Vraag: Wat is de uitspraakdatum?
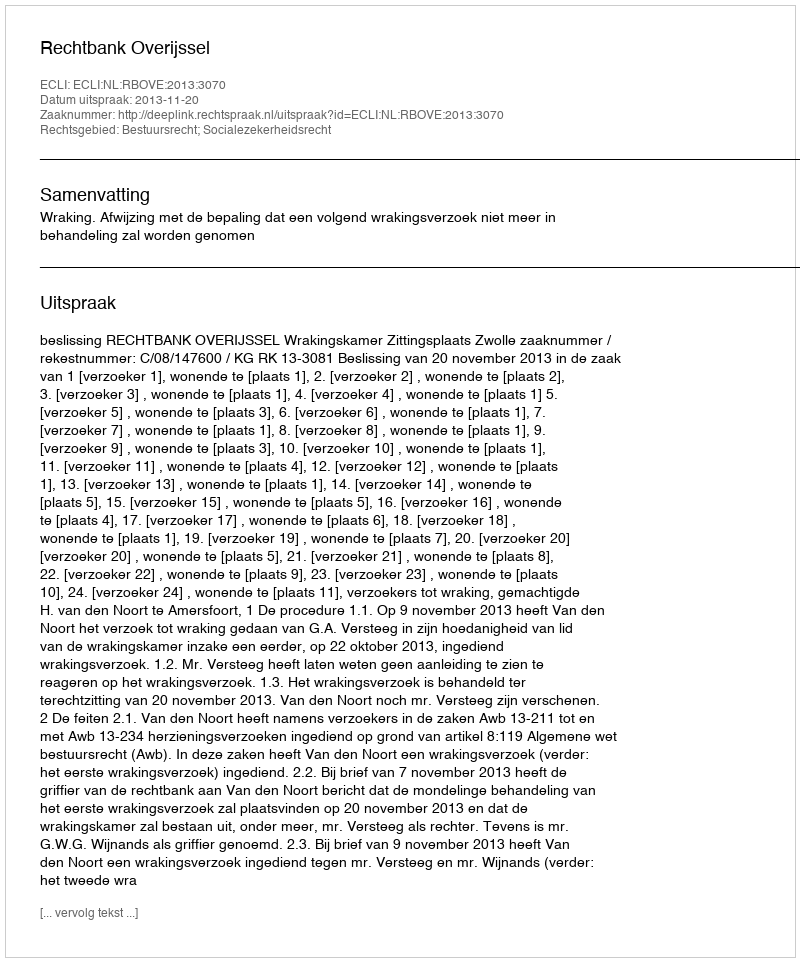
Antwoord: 2013-11-20